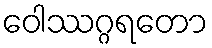
ဝေါဿဂ္ဂရတော